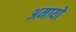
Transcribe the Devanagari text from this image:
अमायो